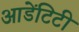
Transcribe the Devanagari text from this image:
आडेंटिटी